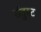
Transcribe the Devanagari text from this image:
संतुस्ट